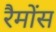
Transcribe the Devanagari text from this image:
रैमोंस